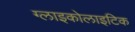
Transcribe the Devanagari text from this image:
ग्लाइकोलाइटिक